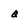
Character: Q